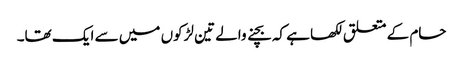
حام کے متعلق لکھا ہے کہ بچنے والے تین لڑکوں میں سے ایک تھا۔